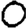
Digit: 0